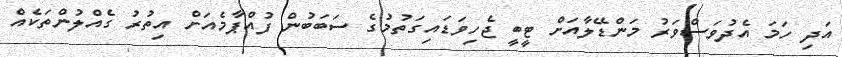
އަދި ހަމަ އެދުވަސްވަރު މަންޑޭލާއަށް ޓީބީ ޖެހިވަޑައިގަތުމުގެ ސަބަބުން ފުއްޕާމެއަށް އިތުރު ގެއްލުންތަކެއް